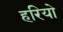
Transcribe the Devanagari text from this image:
हरियो